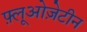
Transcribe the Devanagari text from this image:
फ़्लूओज़ेटीन